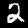
Digit: 2